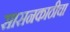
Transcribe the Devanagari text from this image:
सासनकाठीचा